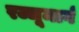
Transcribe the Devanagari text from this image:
रज्जूमार्ग